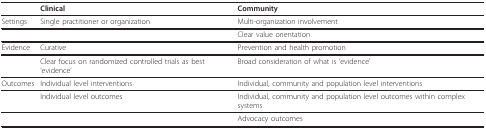
<table><thead><tr><td></td><td><b>Clinical</b></td><td><b>Community</b></td></tr></thead><tbody><tr><td>Settings</td><td>Single practitioner or organization</td><td>Multi-organization involvement</td></tr><tr><td></td><td></td><td>Clear value orientation</td></tr><tr><td>Evidence</td><td>Curative</td><td>Prevention and health promotion</td></tr><tr><td></td><td>Clear focus on randomized controlled trials as best &#x27;evidence&#x27;</td><td>Broad consideration of what is &#x27;evidence&#x27;</td></tr><tr><td>Outcomes</td><td>Individual level interventions</td><td>Individual, community and population level interventions</td></tr><tr><td></td><td>Individual level outcomes</td><td>Individual, community and population level outcomes within complex systems</td></tr><tr><td></td><td></td><td>Advocacy outcomes</td></tr></tbody></table>